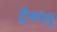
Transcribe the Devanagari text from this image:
ट्रेनगानु